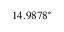
1 4 . 9 8 7 8 ^ { \circ }